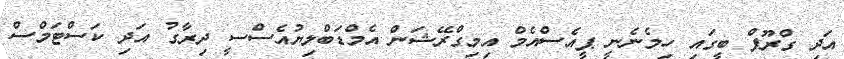
އަދި ގްރޫޕް ބީގައި ހިމެނެނީ ޕީއެސްއެމް އިމިގްރޭޝަން އެމްޑަބްލިޔުއެސްސީ ދިރާގު އަދި ކަސްޓަމްސް